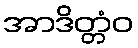
အာဒိတ္တံဝ